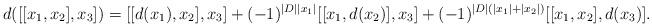
LaTeX: \begin{align*} &d([[x_{1},x_{2}],x_{3}])=[[d(x_{1}),x_{2}],x_{3}]+(-1)^{\left|D\right|\left|x_{1}\right|}[[x_{1},d(x_{2})],x_{3}]+(-1)^{\left|D\right|(\left|x_{1}\right|+\left|x_{2}\right|)}[[x_{1},x_{2}],d(x_{3})].\end{align*}